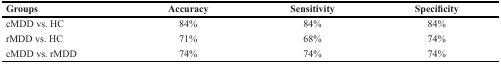
<table><thead><tr><td><b>Groups</b></td><td><b>Accuracy</b></td><td><b>Sensitivity</b></td><td><b>Specificity</b></td></tr></thead><tbody><tr><td>cMDD vs. HC</td><td>84%</td><td>84%</td><td>84%</td></tr><tr><td>rMDD vs. HC</td><td>71%</td><td>68%</td><td>74%</td></tr><tr><td>cMDD vs. rMDD</td><td>74%</td><td>74%</td><td>74%</td></tr></tbody></table>